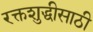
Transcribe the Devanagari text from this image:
रक्तशुद्धीसाठी